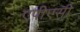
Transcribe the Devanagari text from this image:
एपीएसी